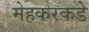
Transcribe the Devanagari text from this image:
मेहकरकडे